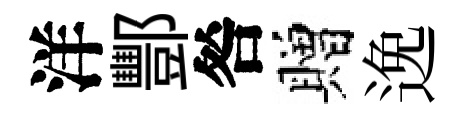
洋酆咎贈𨓜